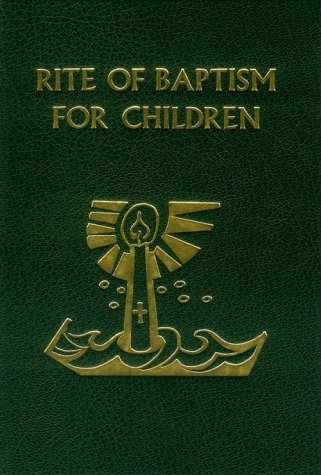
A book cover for Rite of Baptism for Children; Catholic Book Publishing Co; Christian Books & Bibles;